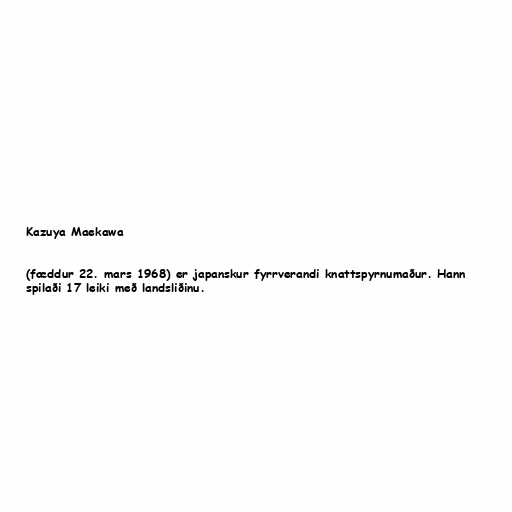
Kazuya Maekawa

(fæddur 22. mars 1968) er japanskur fyrrverandi knattspyrnumaður. Hann
spilaði 17 leiki með landsliðinu.